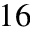
1 6